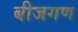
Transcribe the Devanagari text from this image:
बीजगण